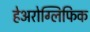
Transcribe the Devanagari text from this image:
हेअरोग्लिफिक